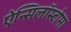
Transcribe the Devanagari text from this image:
ऐन्सिलॉस्टोमा